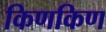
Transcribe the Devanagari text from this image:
किणकिण